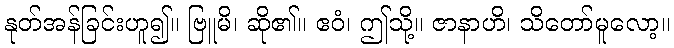
နုတ်အန်ခြင်းဟူ၍။ ဗြူမိ၊ ဆို၏။ ဧဝံ၊ ဤသို့။ ဇာနာဟိ၊ သိတော်မူလော့။